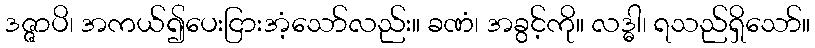
ဒဇ္ဇာပိ၊ အကယ်၍ပေးငြားအံ့သော်လည်း။ ခဏံ၊ အခွင့်ကို။ လဒ္ဓါ၊ ရသည်ရှိသော်။